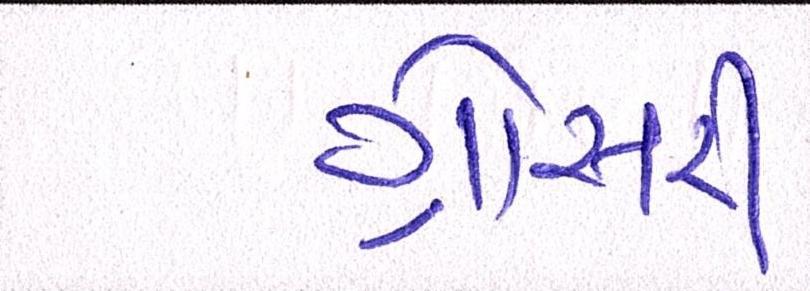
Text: ગ્રોસરી